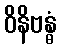
ဝိနိဗန္ဓံ